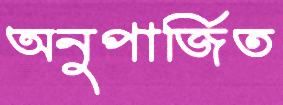
অনুপার্জিত